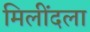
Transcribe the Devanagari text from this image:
मिलींदला